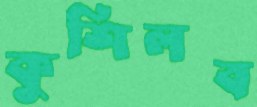
কুশিলব